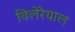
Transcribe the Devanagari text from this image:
विलेरेयाल